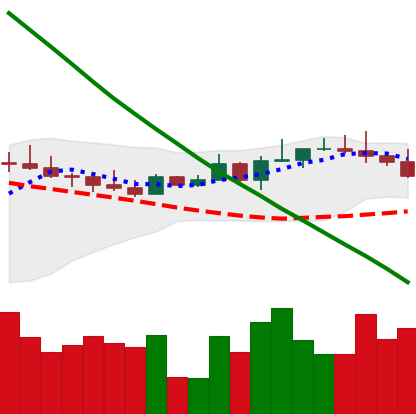
Ticker: BTC-USD
Chart end date: 2022-08-17
Forward return: -8.301%
Label: down_7plus